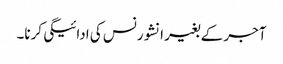
آجر کے بغیر انشورنس کی ادائیگی کرنا۔